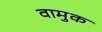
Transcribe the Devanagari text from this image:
वामुक